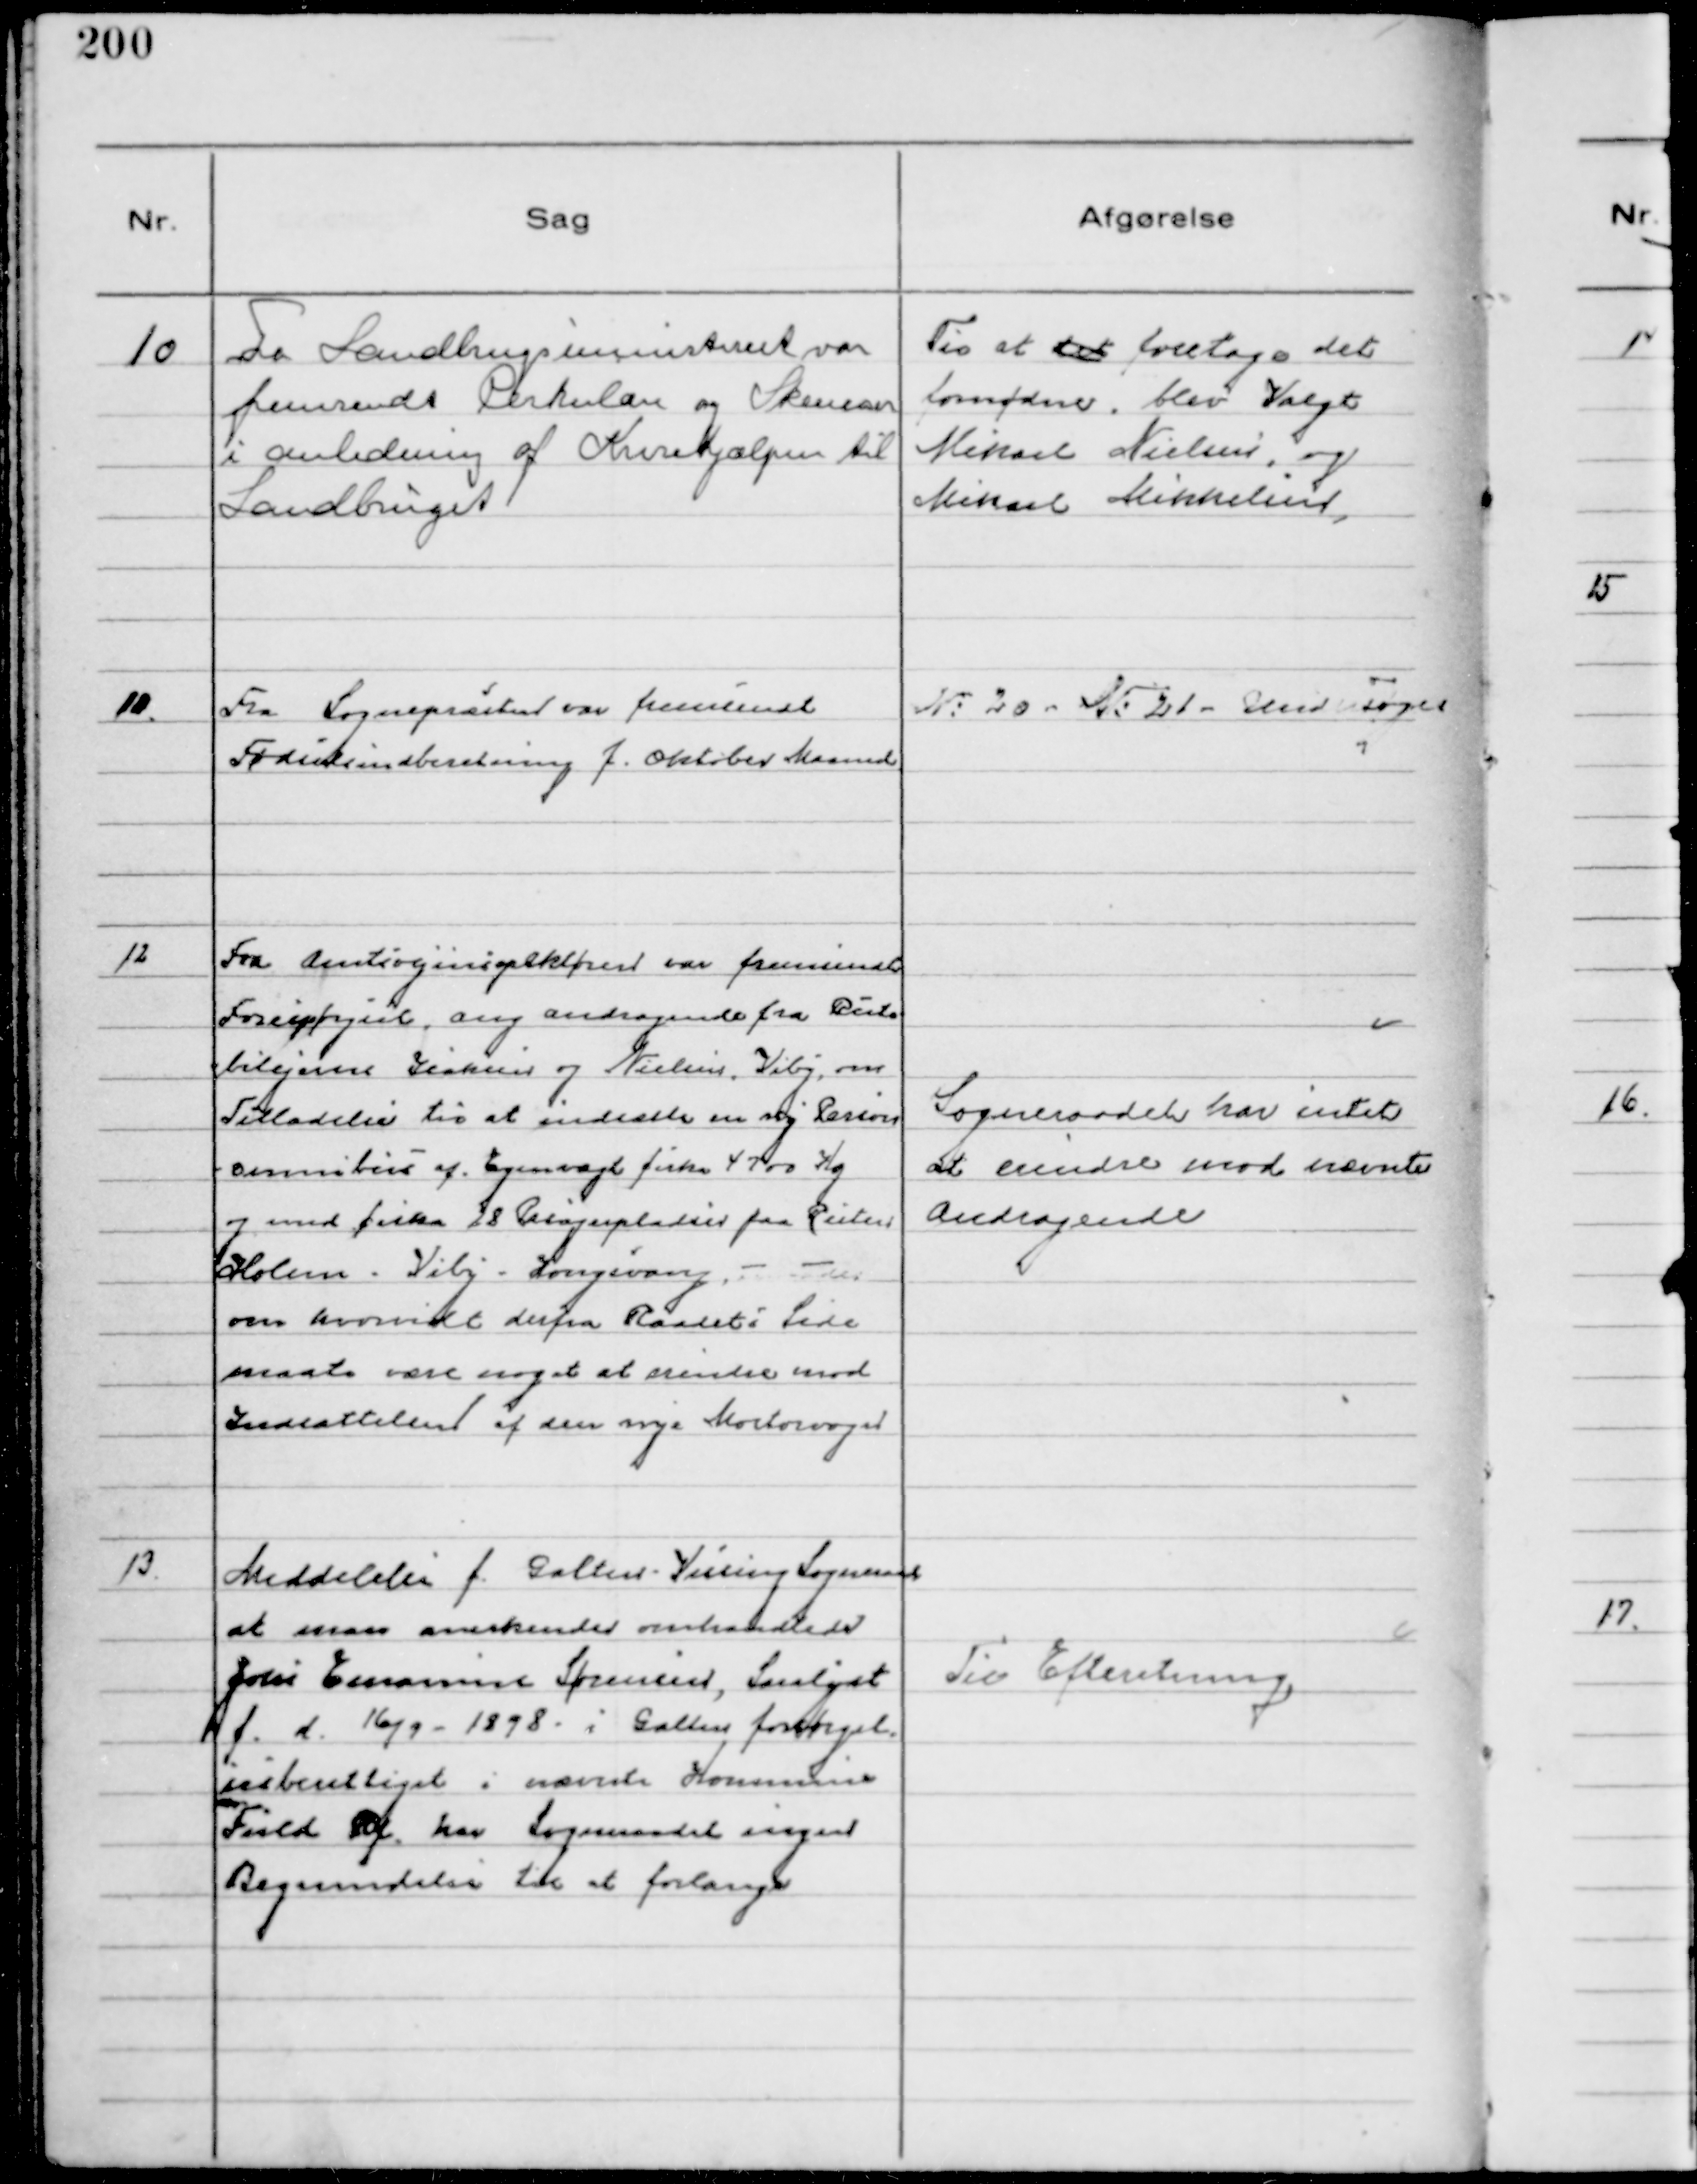
Transskription:
10
Fra Landbrugsministeriet var
fremsendt Cirkulære og Skemaer
i anledning af Krisehjælpen til
Landbruget

Til at det foretage det
fornødne blev Valgt
Mikael Nielsen og
Mikael Mikkelsen.

10.
Fra Sognepræsten var fremsendt
Fødselsindberetning f. Oktober Maaned

№20 - №21 - Undersøges

12
Fra Amtsvejinspektøren var fremsendt
Forespørgsel ang andragende fra Rute
bilejerne Isaksen og Nielsen, Viby, om
Tilladelse til at indsætte en ny Person
omnibus af Egenvægt f.eks 4700 Kg
og med f.eks 28 Pasagerpladser paa Ruten
Holme - Viby - Kongsvang - -
om hvorvidt derfra Raadets Side
maate være noget at erindre mod
Indsættelsen af den nye Motorvogn

Sogneraadet har intet
at erindre mod nævnte
Andragende

13.
Meddelelse f. Galten - Vissing Sogneraad
at man anerkender omhandlede
Johs Emmanuel Sørensen, Saralyst
f. d. 16/9 - 1898 - i Galten forsørgel
sesberettiget i nævnte Kommune
Fuld Rf. har Sogneraadet ingen
Begrundelse til at forlange

Til Efteretning